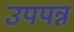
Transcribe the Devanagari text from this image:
उपपन्न